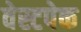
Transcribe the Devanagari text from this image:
वेस्टपेक